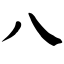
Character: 八